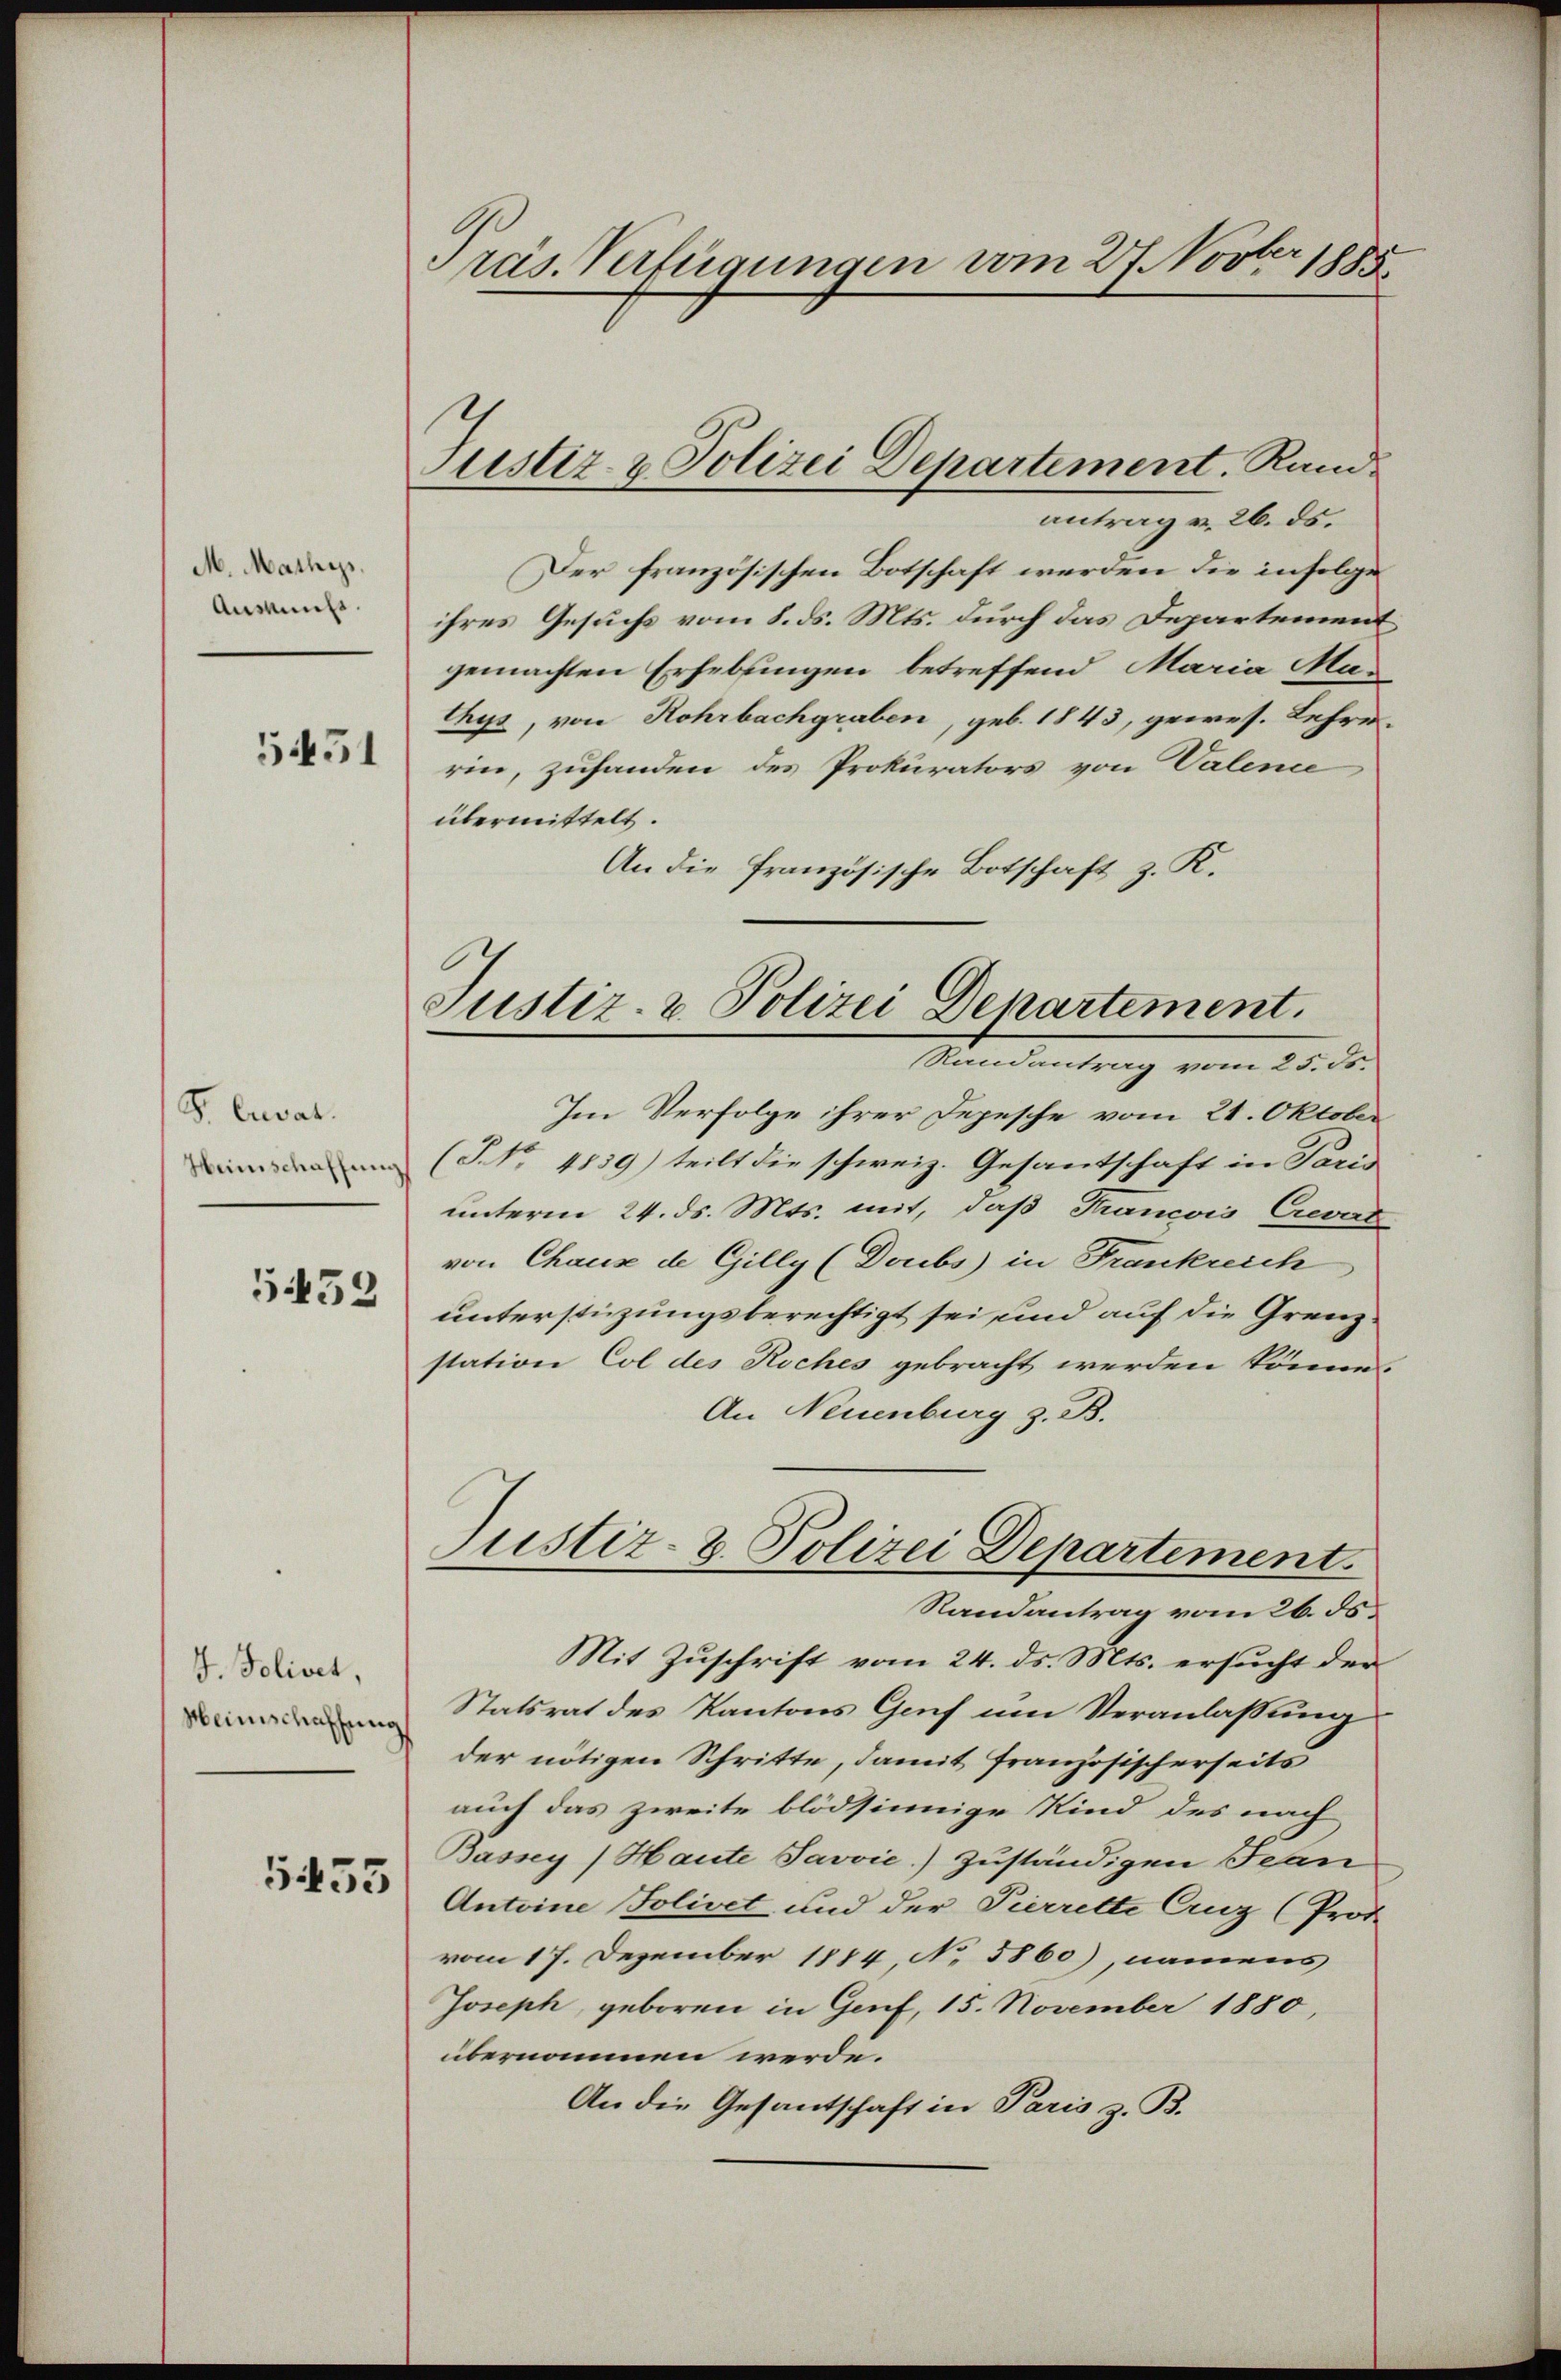
M. Mathes.
Auskunft.

5451

S. Cuvat.
Heimschaffung

5452

J. Polivet,
Meinschaffung

5455

Präs. Verfügungen vom 27. Novber 1885.

Justiz- & Polizei Departement. Rand

antrag v. 26. ds.
Der französischen Botschaft werden die infolge
ihres Gesuchs vom 8. ds. Mts. durch das Departement
gemachten Erhebungen betreffend Maria Mas
thys, von Rohrbachgraben, geb. 1843, gewes. Lehre.
rin, zuhanden des Prokurators von Valence
übermittelt.
An die französische Botschaft z. K.
Im Verfolge ihrer Depesche vom 21. Oktober
(S No. 48539) teilt die schweiz. Gesantschaft in Paris
unterm 24. ds. Mts. mit, daß Francois Crevat
von Chaus de Gilly (Doubs in Frankreich
unterstüzungsberechtigt sei, und auf die Grenzstation Col des Koches gebracht werden könne.
An Neuenburg z. B.
Justiz- & Polizei Departement.
Randantrag vom 26. ds.
Mit Zuschrift vom 24. ds. Mts. ersucht der
Statsrat des Kantons Genf um Veranlassung
der nötigen Schritte, damit französischerseits
auch das zweite blödsinnige Kind des nach
Bassey) Haute Javvić.) zuständigen Jean
Antoine Solivet und der Pierrette Anz (Prot
vom 17. Dezember 1814, No 5860), namens
Joseph, geboren in Genf, 15. November 1880,
übernommen werde.
An die Gesantschaft in Paris z. B.

Justiz- & Polizei Departement.
Standentrag vom 25. ds.